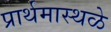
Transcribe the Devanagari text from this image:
प्रार्थमास्थळे